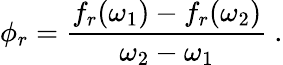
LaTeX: \phi_{r}=\frac{f_{r}(\omega_{1})-f_{r}(\omega_{2})}{\omega_{2}-\omega_{1}}~.